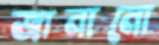
জানানো